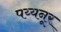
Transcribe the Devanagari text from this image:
पय्यनूर